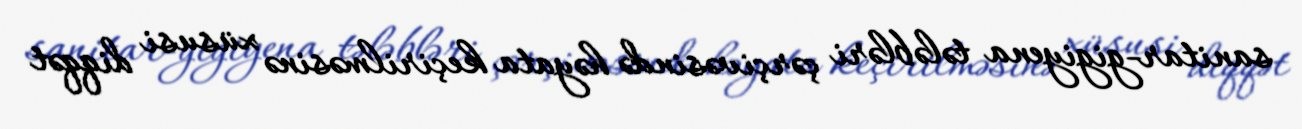
sanitar-gigiyena tələbləri çərçivəsində həyata keçirilməsinə xüsusi diqqət